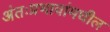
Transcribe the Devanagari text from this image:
अंतःप्रभावांमधील